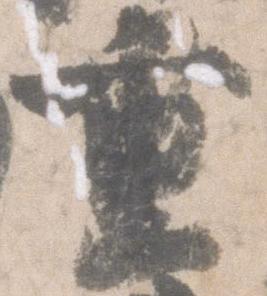
重